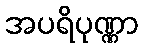
အပရိပုဏ္ဏာ